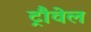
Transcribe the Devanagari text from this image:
ट्रौवेल